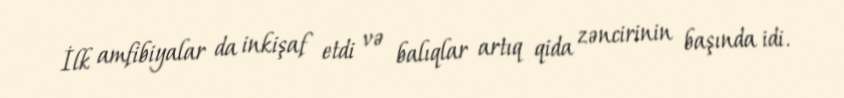
İlk amfibiyalar da inkişaf etdi və balıqlar artıq qida zəncirinin başında idi.